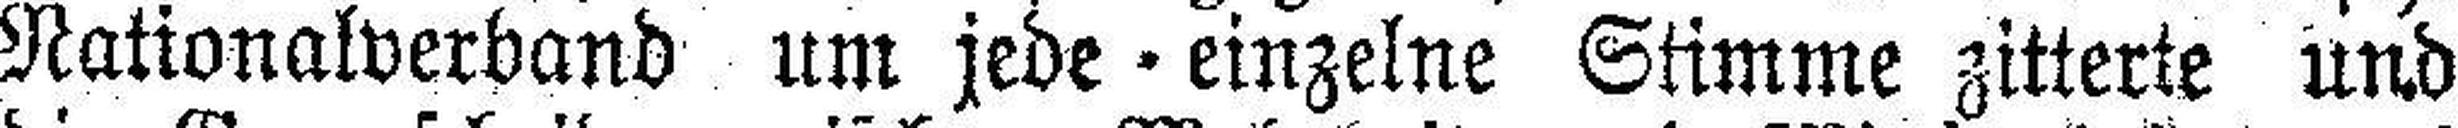
Nationalverband um jede einzelne Stimme zitterte und